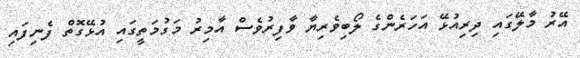
އޭރު މާލޭގައި ދިރިއުޅޭ އަހަރެންގެ ލޯބިވެރިޔާ ވާފިރުވެސް އާމިރު މަގުމަތީގައި އުޅޭގޮތް ފެނިފައި